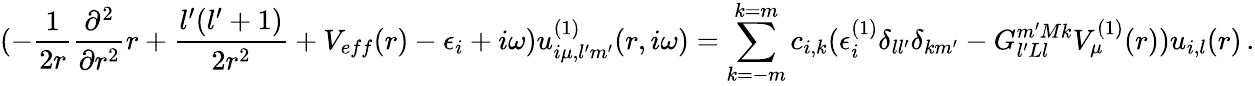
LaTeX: (-\frac{1}{2r}\frac{\partial^{2}}{\partial r^{2}}r+\frac{l^{\prime}(l^{\prime}+1)}{2r^{2}}+V_{eff}(r)-\epsilon_{i}+i\omega)u_{i\mu,l^{\prime}m^{\prime}}^{(1)}(r,i\omega)=\sum_{k=-m}^{k=m}c_{i,k}(\epsilon_{i}^{(1)}\delta_{ll^{\prime}}\delta_{km^{\prime}}-G_{l^{\prime}Ll}^{m^{\prime}Mk}V_{\mu}^{(1)}(r))u_{i,l}(r)\, .